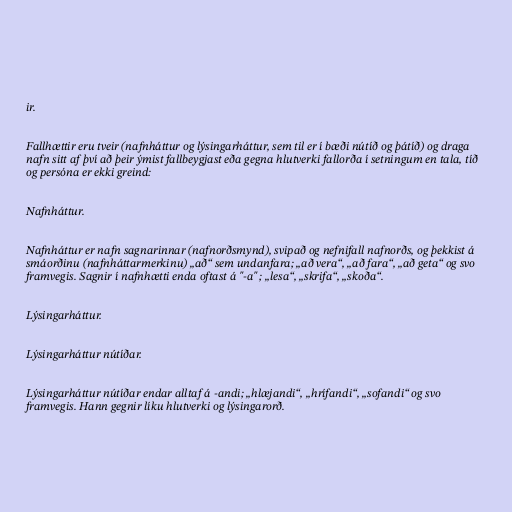
ir.

Fallhættir eru tveir (nafnháttur og lýsingarháttur, sem til er í bæði nútíð og þátíð) og draga
nafn sitt af því að þeir ýmist fallbeygjast eða gegna hlutverki fallorða í setningum en tala, tíð
og persóna er ekki greind:

Nafnháttur.

Nafnháttur er nafn sagnarinnar (nafnorðsmynd), svipað og nefnifall nafnorðs, og þekkist á
smáorðinu (nafnháttarmerkinu) „að“ sem undanfara; „að vera“, „að fara“, „að geta“ og svo
framvegis. Sagnir í nafnhætti enda oftast á "-a" ; „lesa“, „skrifa“, „skoða“.

Lýsingarháttur.

Lýsingarháttur nútíðar.

Lýsingarháttur nútíðar endar alltaf á -andi; „hlæjandi“, „hrífandi“, „sofandi“ og svo
framvegis. Hann gegnir líku hlutverki og lýsingarorð.